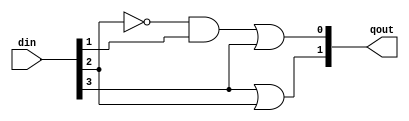
`timescale 1ns / 1ps
//////////////////////////////////////////////////////////////////////////////////
// Company: 
// Engineer: 
// 
// Design Name: 
// Module Name:    encoder4x2 
// Project Name: 
// Target Devices: 
// Tool versions: 
// Description: 
//
// Dependencies: 
//
// Revision: 
// Revision 0.01 - File Created
// Additional Comments: 
//
//////////////////////////////////////////////////////////////////////////////////
module encoder4x2 (
	input [3:0] din ,
	output [1:0] qout	
);
	wire d2Not,andO;
    not gN0(d2Not,din[2]);
    and gA0(andO,d2Not,din[1]);
    or gO0(qout[0],andO,din[3]);
    or gO1(qout[1],din[3],din[2]);

endmodule